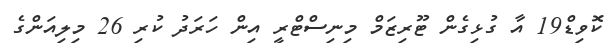
ކޮވިޑް19 އާ ގުޅިގެން ޓޫރިޒަމް މިނިސްޓްރީ އިން ހަރަދު ކުރި 26 މިލިއަންގެ